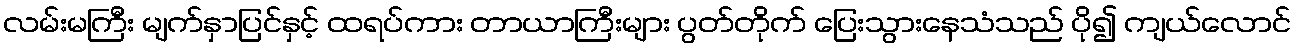
လမ်းမကြီး မျက်နှာပြင်နှင့် ထရပ်ကား တာယာကြီးများ ပွတ်တိုက် ပြေးသွားနေသံသည် ပို၍ ကျယ်လောင်